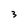
Character: 3